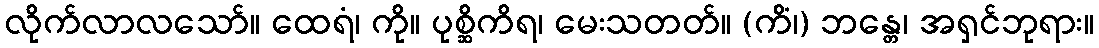
လိုက်လာလသော်။ ထေရံ၊ ကို။ ပုစ္ဆိကိရ၊ မေးသတတ်။ (ကိံ၊) ဘန္တေ၊ အရှင်ဘုရား။